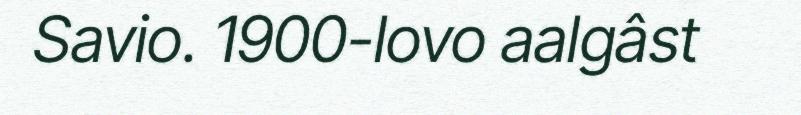
Savio. 1900-lovo aalgâst